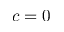
c = 0